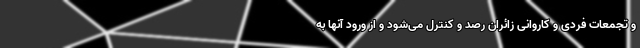
و تجمعات فردی و کاروانی زائران رصد و کنترل می‌شود و از ورود آنها به